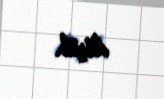
düşüb.